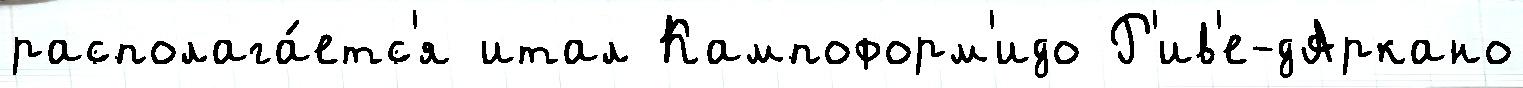
располага́етс'я итал Кампоформ'идо Р'ив'е-дАркано